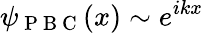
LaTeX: \psi_{\mathrm{~P~B~C~}}(x)\sim e^{ikx}